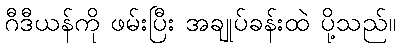
ဂီဒီယန်ကို ဖမ်းပြီး အချုပ်ခန်းထဲ ပို့သည်။